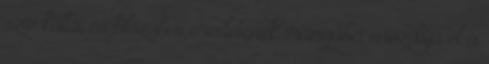
szív költői és filozófiai eredetének irányába mozdítja el a